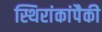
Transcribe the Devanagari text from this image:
स्थिरांकांपैकी